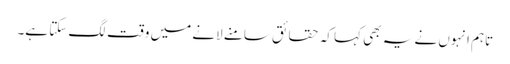
تاہم انہوں نے یہ بھی کہا کہ حقائق سامنے لانے میں وقت لگ سکتا ہے۔